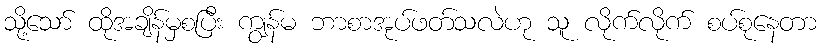
သို့သော် ထိုအချိန်မှစပြီး ကျွန်မ ဘာစာအုပ်ဖတ်သလဲဟု သူ လိုက်လိုက် စပ်စုနေတာ